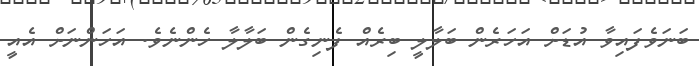
ބަނަވެފައިވާ އުޑަށް އަހަރެން ބަލާލީ ބިރެއް ފެނިގެން ބަލާލާ ހެންނެވެ. އަހަންނަށް އެއީ